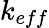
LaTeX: k_{eff}